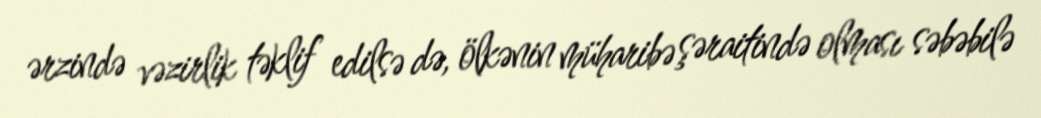
ərzində vəzirlik təklif edilsə də, ölkənin müharibə şəraitində olması səbəbilə